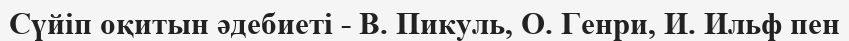
Сүйіп оқитын әдебиеті - В. Пикуль, О. Генри, И. Ильф пен